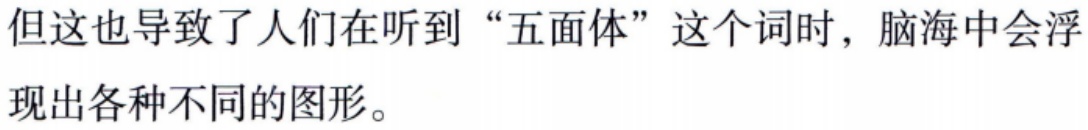
但这也导致了人们在听到“五面体”这个词时，脑海中会浮现出各种不同的图形。